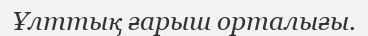
Ұлттық ғарыш орталығы.